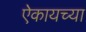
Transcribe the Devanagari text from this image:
ऐकायच्या